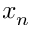
x _ { n }